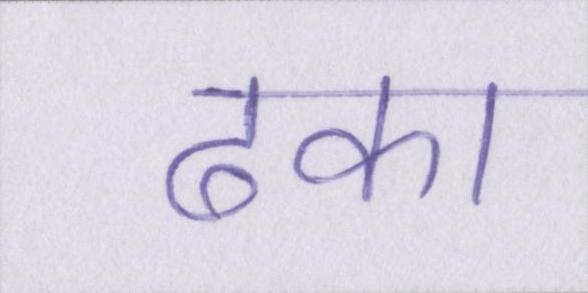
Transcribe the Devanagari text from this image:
ढका